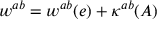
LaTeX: w ^ { a b } = w ^ { a b } ( e ) + \kappa ^ { a b } ( A )